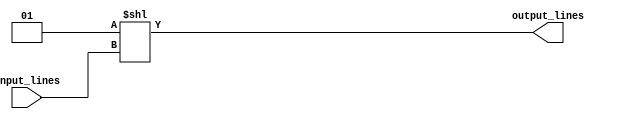
module decoder_3to8(
    input [2:0] input_lines,
    output [7:0] output_lines
);

assign output_lines = (1 << input_lines);

endmodule